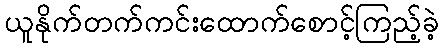
ယူနိုက်တက်ကင်းထောက်စောင့်ကြည့်ခဲ့